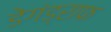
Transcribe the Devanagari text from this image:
डेगंड्राफ